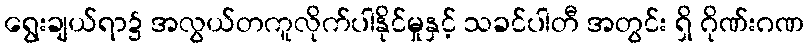
ရွေးချယ်ရာ၌ အလွယ်တကူလိုက်ပါနိုင်မှုနှင့် သခင်ပါတီ အတွင်း ရှိ ဂိုဏ်းဂဏ